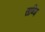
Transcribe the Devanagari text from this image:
सब्जि